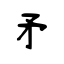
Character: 矛